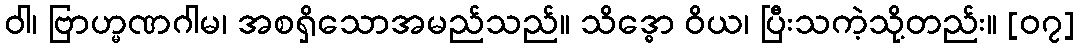
ဝါ၊ ဗြာဟ္မဏဂါမ၊ အစရှိသောအမည်သည်။ သိဒ္ဓော ဝိယ၊ ပြီးသကဲ့သို့တည်း။ [၀၇]